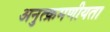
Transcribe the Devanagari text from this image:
अनुत्क्रमणीयता